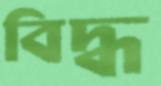
বিদ্ধ